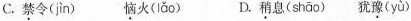
C.禁令(jìn) 恼火(lǎo) D.稍息(shāo) 犹豫(yù)